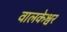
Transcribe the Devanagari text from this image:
वालकेश्वर